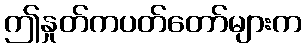
ဤနှုတ်ကပတ်တော်များက